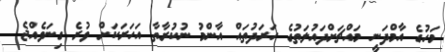
މަހުގެ އާމްދަނީ މައްޗަށްދައުލަތުގެ ހަރަދުތައް އާންމު ނުކުރާތާ އަހަރަކަށް ވުރެ ގިނަވެއްޖެ